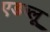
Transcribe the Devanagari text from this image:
एडब्लू